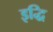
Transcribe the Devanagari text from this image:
इद्धि